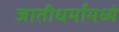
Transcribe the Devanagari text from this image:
जातीधर्मामध्ये